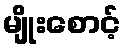
မျိုးစောင့်